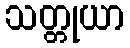
သတ္တုယာ